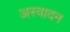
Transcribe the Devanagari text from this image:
अस्वादन